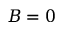
B = 0